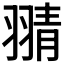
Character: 𦑊